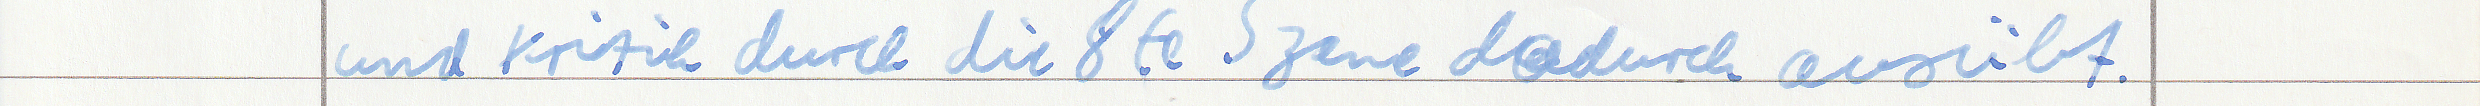
und Kritik durch die 8te Szene dadurch ausübt.